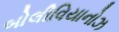
બોલીવિયાનોઝ